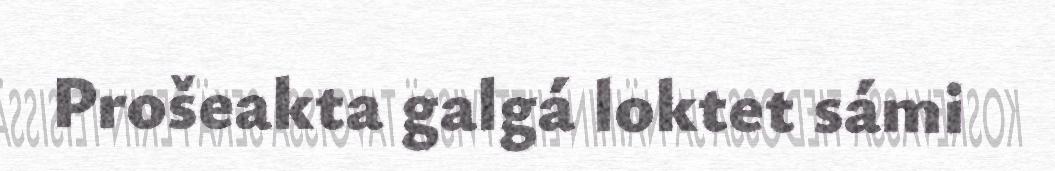
Prošeakta galgá loktet sámi